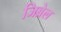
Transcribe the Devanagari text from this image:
जिब्रेल